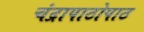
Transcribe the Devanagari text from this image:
चंद्रापाठोपाठ